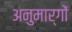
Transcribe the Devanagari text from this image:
अनुमार्गों